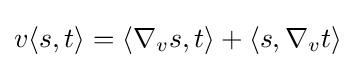
v\langle s,t\rangle =\langle \nabla _{v}s,t\rangle +\langle s,\nabla _{v}t\rangle